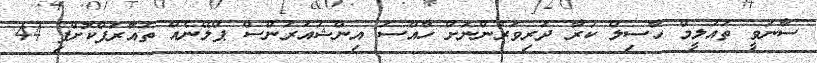
ސާނަވީ ތައުލީމް ހާސިލް ކުރާ ދަރިވަރުންނަށް ހާއްސަ އިންޝުއަރަންސް ޕްލޭނެއް ތައާރަފްކޮށްފި 44